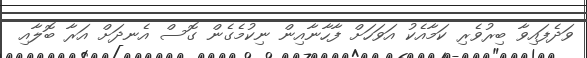
ވަދެފައިވާ ބިރުވެރި ކަމާއެކު އަވަހަށް ފާހާނާއިން ނިކުމެގެން ގޮސް އެނދަށް އަރާ ބޮލާއި